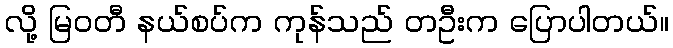
လို့ မြဝတီ နယ်စပ်က ကုန်သည် တဦးက ပြောပါတယ်။